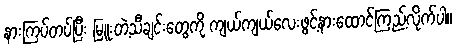
နားကြပ်တပ်ပြီး မြူးတဲ့သီချင်းတွေကို ကျယ်ကျယ်လေးဖွင့်နားထောင်ကြည့်လိုက်ပါ။